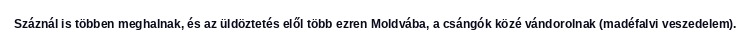
Száznál is többen meghalnak, és az üldöztetés elől több ezren Moldvába, a csángók közé vándorolnak (madéfalvi veszedelem).